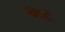
અટ